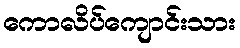
ကောလိပ်ကျောင်းသား